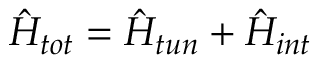
\hat { H } _ { t o t } = \hat { H } _ { t u n } + \hat { H } _ { i n t }